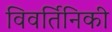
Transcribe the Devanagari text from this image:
विवर्तिनिकी